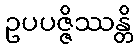
ဥပပဇ္ဇိဿန္တိ